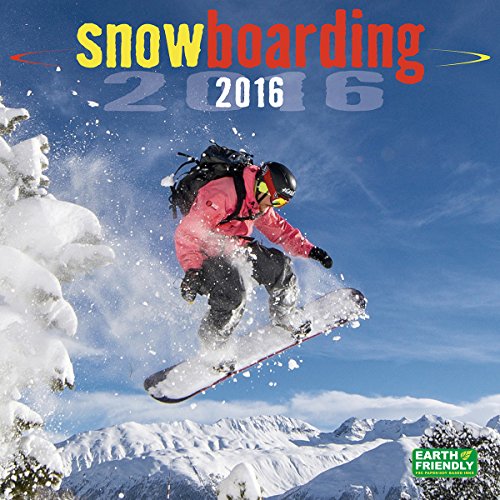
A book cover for Snowboarding 2016 Wall Calendar; Zebra Publishing; Sports & Outdoors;